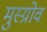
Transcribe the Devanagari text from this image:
मुस्ग्रोव